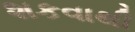
શકવાથી